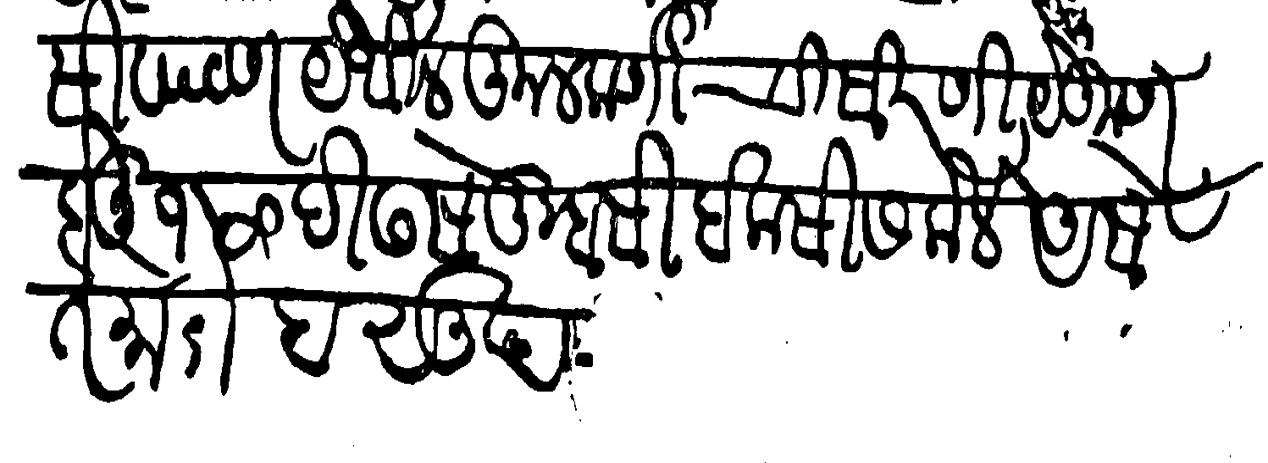
Transliteration (Devanagari): सिवपठण येथील कुलकर्णाची सिरणी येकूण होनू १५० दिढसे तुम्हासी बकसीस केले असे त मोर्तव सुद